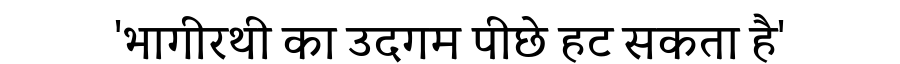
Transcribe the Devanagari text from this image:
'भागीरथी का उदगम पीछे हट सकता है'